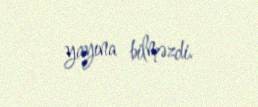
yayına bilməzdi.